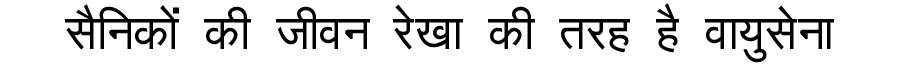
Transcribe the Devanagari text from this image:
सैनिकों की जीवन रेखा की तरह है वायुसेना